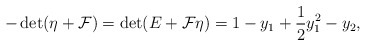
\begin{align*}-\det(\eta+{\cal F}) = \det(E+{\cal F}\eta) = 1-y_1+\frac12y_1^2-y_2,\end{align*}